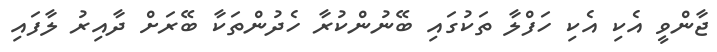
ޖާންވީ އެކި އެކި ހަފްލާ ތަކުގައި ބޭނުންކުރާ ހެދުންތަކާ ބޭރަށް ދާއިރު ލާފައި